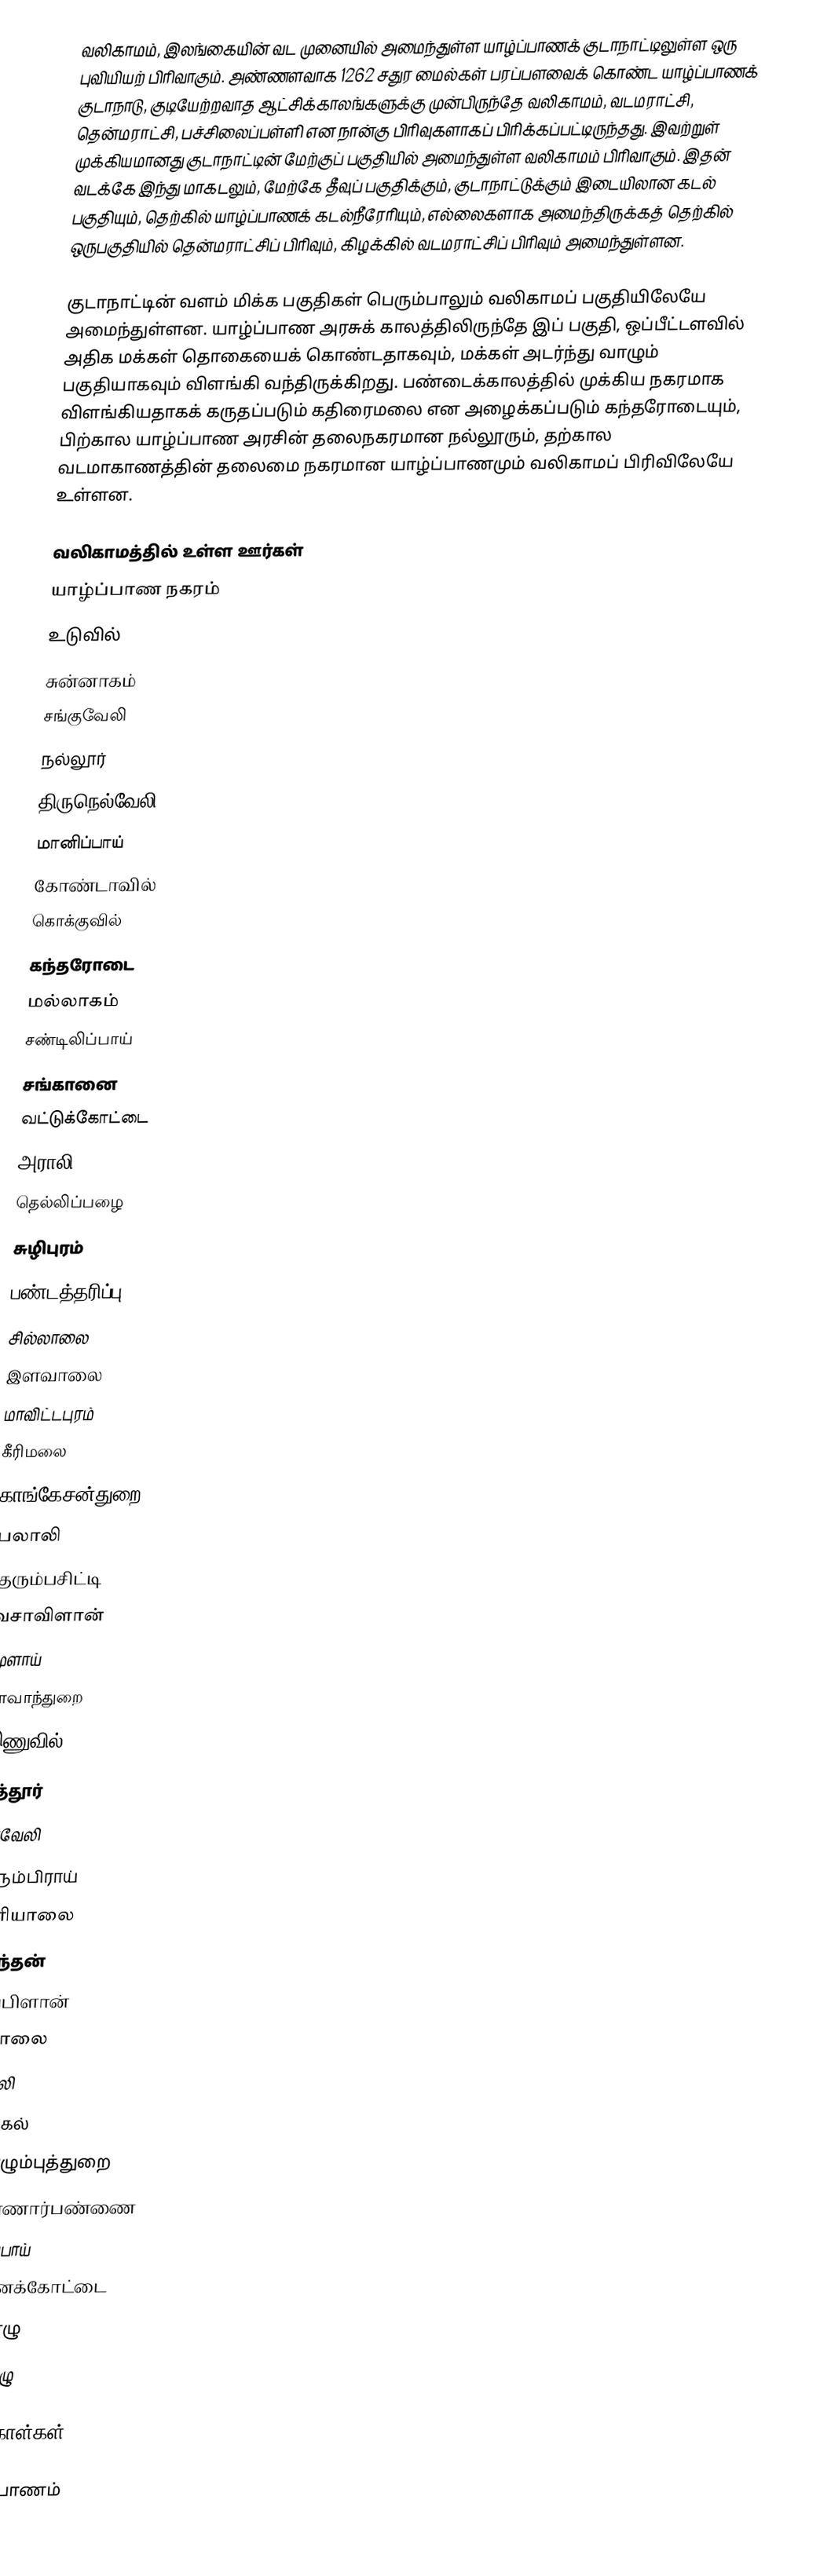
வலிகாமம், இலங்கையின் வட முனையில் அமைந்துள்ள யாழ்ப்பாணக் குடாநாட்டிலுள்ள ஒரு புவியியற் பிரிவாகும். அண்ணளவாக 1262 சதுர மைல்கள் பரப்பளவைக் கொண்ட யாழ்ப்பாணக் குடாநாடு, குடியேற்றவாத ஆட்சிக்காலங்களுக்கு முன்பிருந்தே வலிகாமம், வடமராட்சி, தென்மராட்சி, பச்சிலைப்பள்ளி என நான்கு பிரிவுகளாகப் பிரிக்கப்பட்டிருந்தது. இவற்றுள் முக்கியமானது குடாநாட்டின் மேற்குப் பகுதியில் அமைந்துள்ள வலிகாமம் பிரிவாகும். இதன் வடக்கே இந்து மாகடலும், மேற்கே தீவுப் பகுதிக்கும், குடாநாட்டுக்கும் இடையிலான கடல் பகுதியும், தெற்கில் யாழ்ப்பாணக் கடல்நீரேரியும், எல்லைகளாக அமைந்திருக்கத் தெற்கில் ஒருபகுதியில் தென்மராட்சிப் பிரிவும், கிழக்கில் வடமராட்சிப் பிரிவும் அமைந்துள்ளன.

குடாநாட்டின் வளம் மிக்க பகுதிகள் பெரும்பாலும் வலிகாமப் பகுதியிலேயே அமைந்துள்ளன. யாழ்ப்பாண அரசுக் காலத்திலிருந்தே இப் பகுதி, ஒப்பீட்டளவில் அதிக மக்கள் தொகையைக் கொண்டதாகவும், மக்கள் அடர்ந்து வாழும் பகுதியாகவும் விளங்கி வந்திருக்கிறது. பண்டைக்காலத்தில் முக்கிய நகரமாக விளங்கியதாகக் கருதப்படும் கதிரைமலை என அழைக்கப்படும் கந்தரோடையும், பிற்கால யாழ்ப்பாண அரசின் தலைநகரமான நல்லூரும், தற்கால வடமாகாணத்தின் தலைமை நகரமான யாழ்ப்பாணமும் வலிகாமப் பிரிவிலேயே உள்ளன.

வலிகாமத்தில் உள்ள ஊர்கள்
 யாழ்ப்பாண நகரம்
 உடுவில்
 சுன்னாகம்
 சங்குவேலி
 நல்லூர்
 திருநெல்வேலி
 மானிப்பாய்
 கோண்டாவில்
 கொக்குவில்
 கந்தரோடை
 மல்லாகம்
 சண்டிலிப்பாய்
 சங்கானை
 வட்டுக்கோட்டை
 அராலி
 தெல்லிப்பழை
 சுழிபுரம்
 பண்டத்தரிப்பு
 சில்லாலை
 இளவாலை
 மாவிட்டபுரம்
 கீரிமலை
 காங்கேசன்துறை
 பலாலி
 குரும்பசிட்டி
 வசாவிளான்
 மூளாய்
 நாவாந்துறை
 இணுவில்
 புத்தூர்
 நீர்வேலி
 உரும்பிராய்
 அரியாலை
 கரந்தன்
 குப்பிளான்
 ஏழாலை
 நவாலி
 மாதகல்
 கொழும்புத்துறை
 வண்ணார்பண்ணை
 கோப்பாய்
 ஆனைக்கோட்டை
 ஊரெழு
 அச்செழு

மேற்கோள்கள்

யாழ்ப்பாணம்